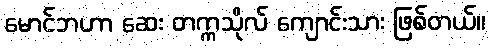
မောင်ဘဟာ ဆေး တက္ကသိုလ် ကျောင်းသား ဖြစ်တယ်။